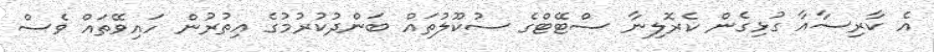
އެ ކާރިސާއާ ގުޅިގެން ކެރޮލިނާ ސްޓޭޓްގެ ސުކޫލުތައް ބަންދުކުރުމުގެ އިތުރުން ހައިވޭތައް ވެސް